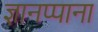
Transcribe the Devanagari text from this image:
ज्ञानप्पाना